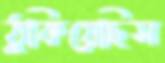
ঠুকিয়েছিস